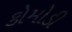
કોમોડી